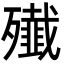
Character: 殱